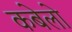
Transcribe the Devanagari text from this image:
कबेलो